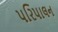
પરિપાલન